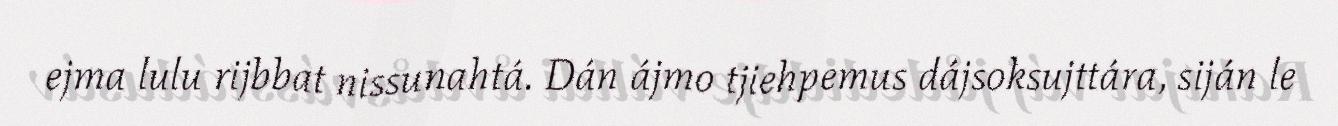
ejma lulu rijbbat nissunahtá. Dán ájmo tjiehpemus dájsoksujttára, siján le